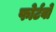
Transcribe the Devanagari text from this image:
फोर्टवो